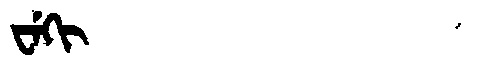
Manchu: ᠸᡝᡴᡳ
Romanization: WEKI